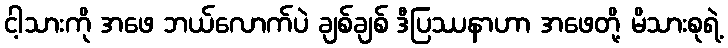
ငါ့သားကို အဖေ ဘယ်လောက်ပဲ ချစ်ချစ် ဒီပြဿနာဟာ အဖေတို့ မိသားစုရဲ့